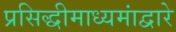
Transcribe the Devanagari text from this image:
प्रसिद्धीमाध्यमांद्वारे